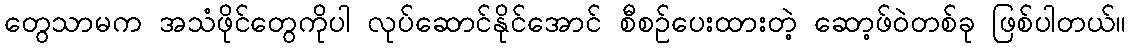
တွေသာမက အသံဖိုင်တွေကိုပါ လုပ်ဆောင်နိုင်အောင် စီစဉ်ပေးထားတဲ့ ဆော့ဖ်ဝဲတစ်ခု ဖြစ်ပါတယ်။